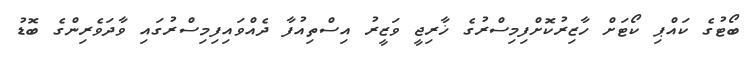
ބޯޓުގެ ކައްޕި ކޯޓަށް ހާޒިރުކޮށްފިމިސްރުގެ ޚާރިޖީ ވަޒީރު އިސްތިއުފާ ދެއްވައިފިމިސްރުގައި ވާދަވެރިންގެ ބޮޑު